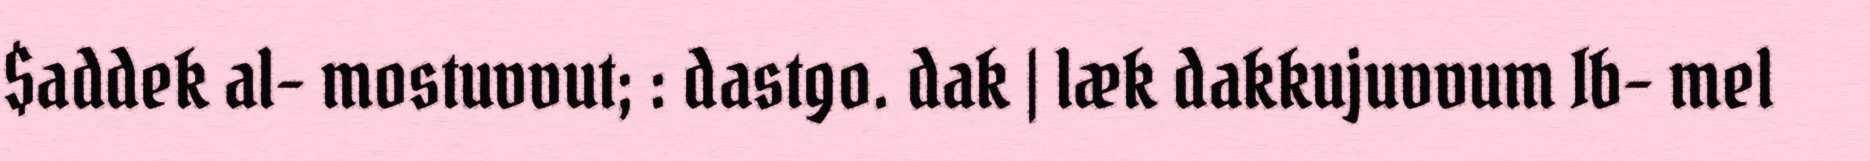
$addek al- mostuvvut; : dastgo. dak | læk dakkujuvvum Ib- mel